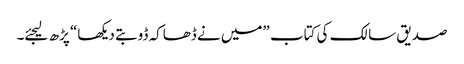
صدیق سالک کی کتاب ”میں نے ڈھاکہ ڈوبتے دیکھا“ پڑھ لیجئے۔